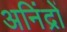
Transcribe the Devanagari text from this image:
अनिंद्रों